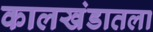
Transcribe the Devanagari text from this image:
कालखंडातला